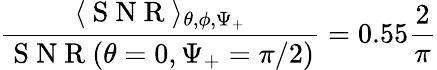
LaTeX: \frac{\langle\mathrm{~S~N~R~}\rangle_{\theta,\phi,\Psi_{+}}}{\mathrm{~S~N~R~}(\theta=0,\Psi_{+}=\pi/2)}=0.55\frac{2}{\pi}